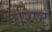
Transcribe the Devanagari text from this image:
वरिष्‍ट